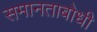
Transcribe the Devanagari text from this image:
समानताबोधी